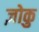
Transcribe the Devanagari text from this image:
ज़ोकु